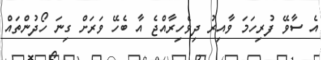
އެ ސާވޭ ފުރިހަމަ ވާއިރު ދިވެހިރާއްޖެ އާ ބެހޭ ވަރަށް ގިނަ ހޯދުންތައް